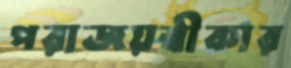
পরাজয়স্বীকার